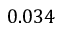
0 . 0 3 4